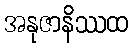
အနုဇာနိဿထ